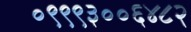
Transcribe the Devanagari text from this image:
०९९९३००६४८२